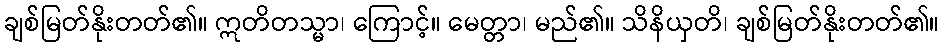
ချစ်မြတ်နိုးတတ်၏။ ဣတိတသ္မာ၊ ကြောင့်။ မေတ္တာ၊ မည်၏။ သိနိယှတိ၊ ချစ်မြတ်နိုးတတ်၏။